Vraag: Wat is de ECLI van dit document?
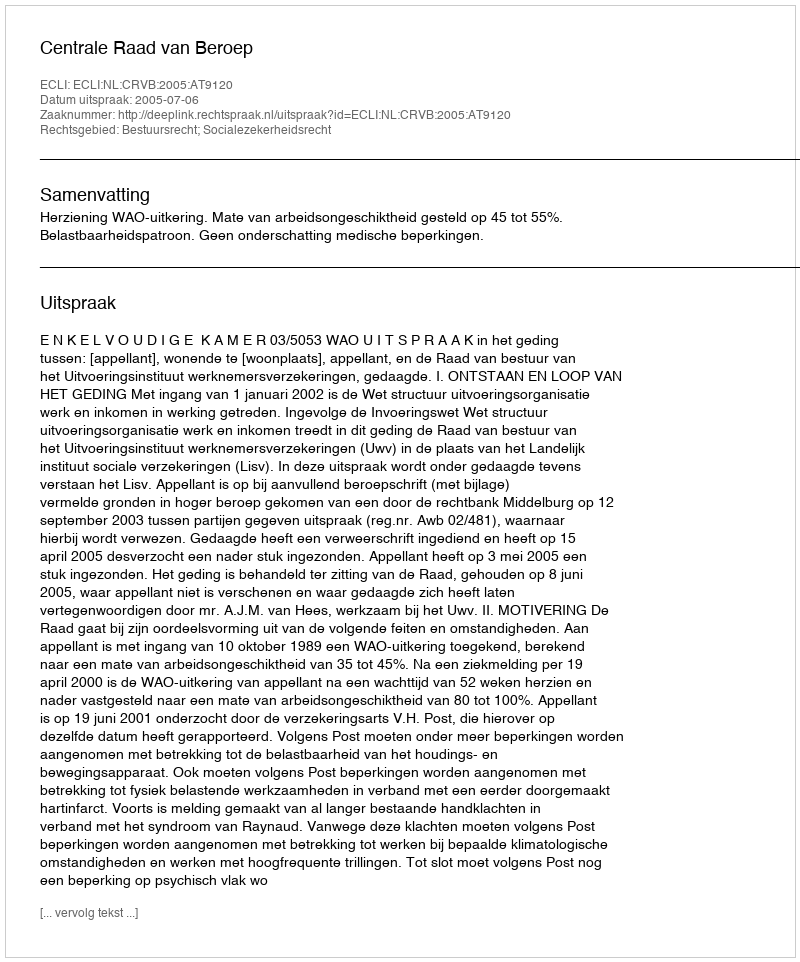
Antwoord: ECLI:NL:CRVB:2005:AT9120